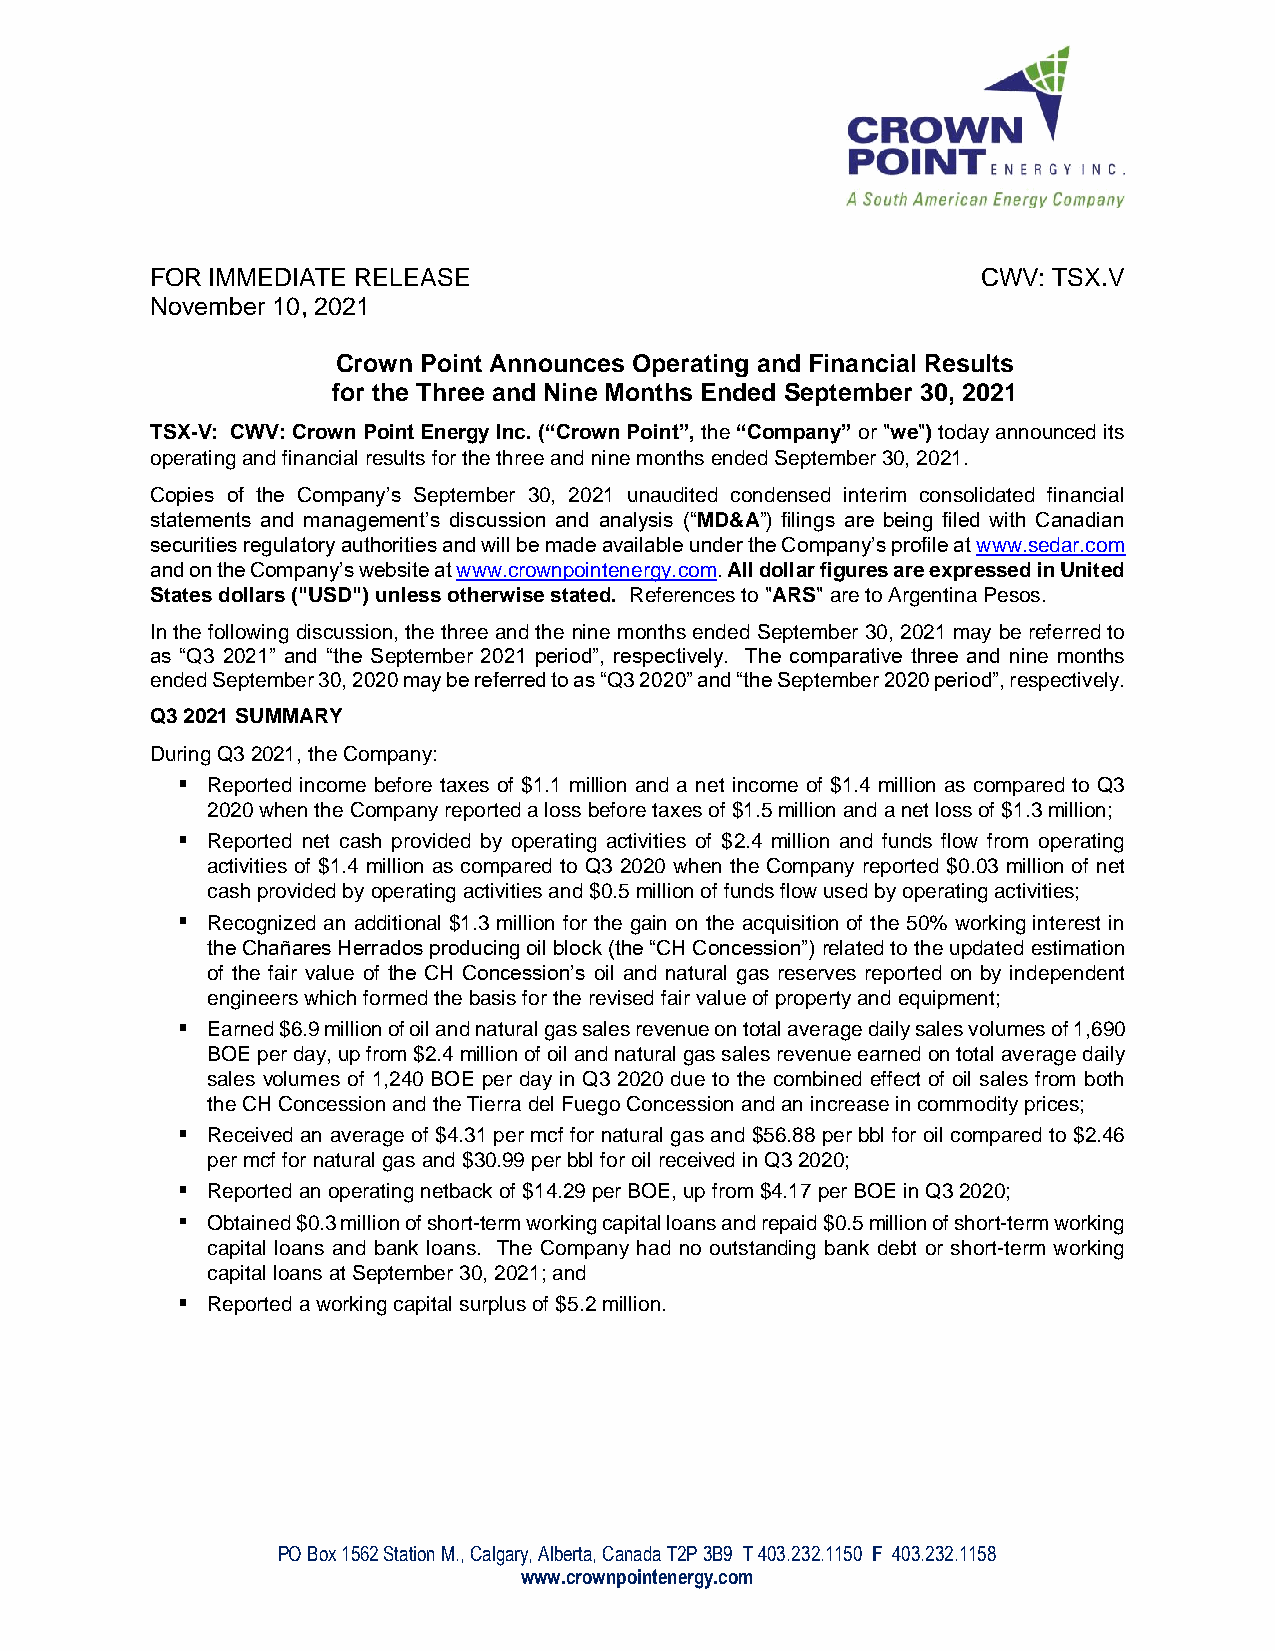
FOR IMMEDIATE RELEASE                                  CWV: TSX.V
 November 10, 2021
 Crown Point Announces Operating and Financial Results
 for the Three and Nine Months Ended September 30, 2021
 TSX-V: CWV: Crown Point Energy Inc. (“Crown Point”, the “Company” or "we") today announced its
 operating and financial results for the three and nine months ended September 30, 2021.
 Copies of the Company’s September 30, 2021 unaudited condensed interim consolidated financial
 statements and management’s discussion and analysis (“MD&A”) filings are being filed with Canadian
 securities regulatory authorities and will be made available under the Company’s profile at www.sedar.com
 and on the Company’s website at www.crownpointenergy.com. All dollar figures are expressed in United
 States dollars ("USD") unless otherwise stated. References to "ARS" are to Argentina Pesos.
 In the following discussion, the three and the nine months ended September 30, 2021 may be referred to
 as “Q3 2021” and “the September 2021 period”, respectively. The comparative three and nine months
 ended September 30, 2020 may be referred to as “Q3 2020” and “the September 2020 period”, respectively.
 Q3 2021 SUMMARY
 During Q3 2021, the Company:
 Reported income before taxes of $1.1 million and a net income of $1.4 million as compared to Q3
 2020 when the Company reported a loss before taxes of $1.5 million and a net loss of $1.3 million;
 Reported net cash provided by operating activities of $2.4 million and funds flow from operating
 activities of $1.4 million as compared to Q3 2020 when the Company reported $0.03 million of net
 cash provided by operating activities and $0.5 million of funds flow used by operating activities;
 Recognized an additional $1.3 million for the gain on the acquisition of the 50% working interest in
 the Chañares Herrados producing oil block (the “CH Concession”) related to the updated estimation
 of the fair value of the CH Concession’s oil and natural gas reserves reported on by independent
 engineers which formed the basis for the revised fair value of property and equipment;
 Earned $6.9 million of oil and natural gas sales revenue on total average daily sales volumes of 1,690
 BOE per day, up from $2.4 million of oil and natural gas sales revenue earned on total average daily
 sales volumes of 1,240 BOE per day in Q3 2020 due to the combined effect of oil sales from both
 the CH Concession and the Tierra del Fuego Concession and an increase in commodity prices;
 Received an average of $4.31 per mcf for natural gas and $56.88 per bbl for oil compared to $2.46
 per mcf for natural gas and $30.99 per bbl for oil received in Q3 2020;
 Reported an operating netback of $14.29 per BOE, up from $4.17 per BOE in Q3 2020;
 Obtained $0.3 million of short-term working capital loans and repaid $0.5 million of short-term working
 capital loans and bank loans. The Company had no outstanding bank debt or short-term working
 capital loans at September 30, 2021; and
 Reported a working capital surplus of $5.2 million.
 PO Box 1562 Station M., Calgary, Alberta, Canada T2P 3B9 T 403.232.1150 F 403.232.1158
 www.crownpointenergy.com